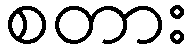
စတား